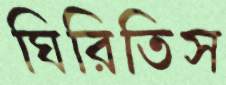
ঘিরিতিস